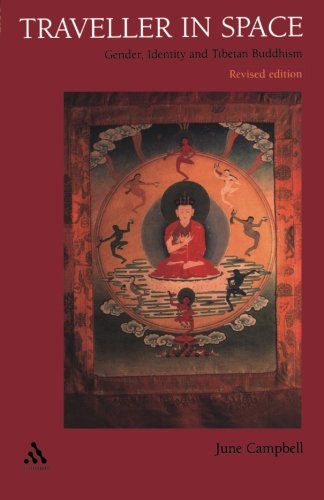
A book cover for Traveller in Space: Gender, Identity and Tibetan Buddhism; June Campbell; Travel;